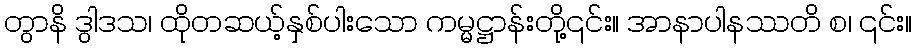
တွာနိ ဒွါဒသ၊ ထိုတဆယ့်နှစ်ပါးသော ကမ္မဋ္ဌာန်းတို့၎င်း။ အာနာပါနဿတိ စ၊ ၎င်း။